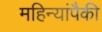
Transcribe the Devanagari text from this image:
महिन्यांपैकी